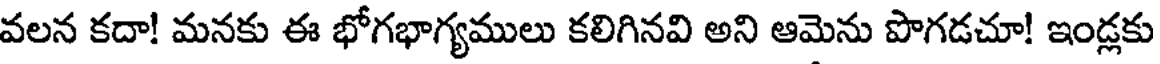
వలన కదా! మనకు ఈ భోగభాగ్యములు కలిగినవి అని ఆమెను పొగడచూ! ఇండ్లకు